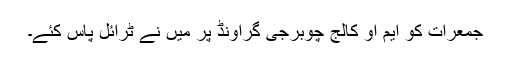
جمعرات کو ایم او کالج چوبرجی گراونڈ پر میں نے ٹرائل پاس کئے۔